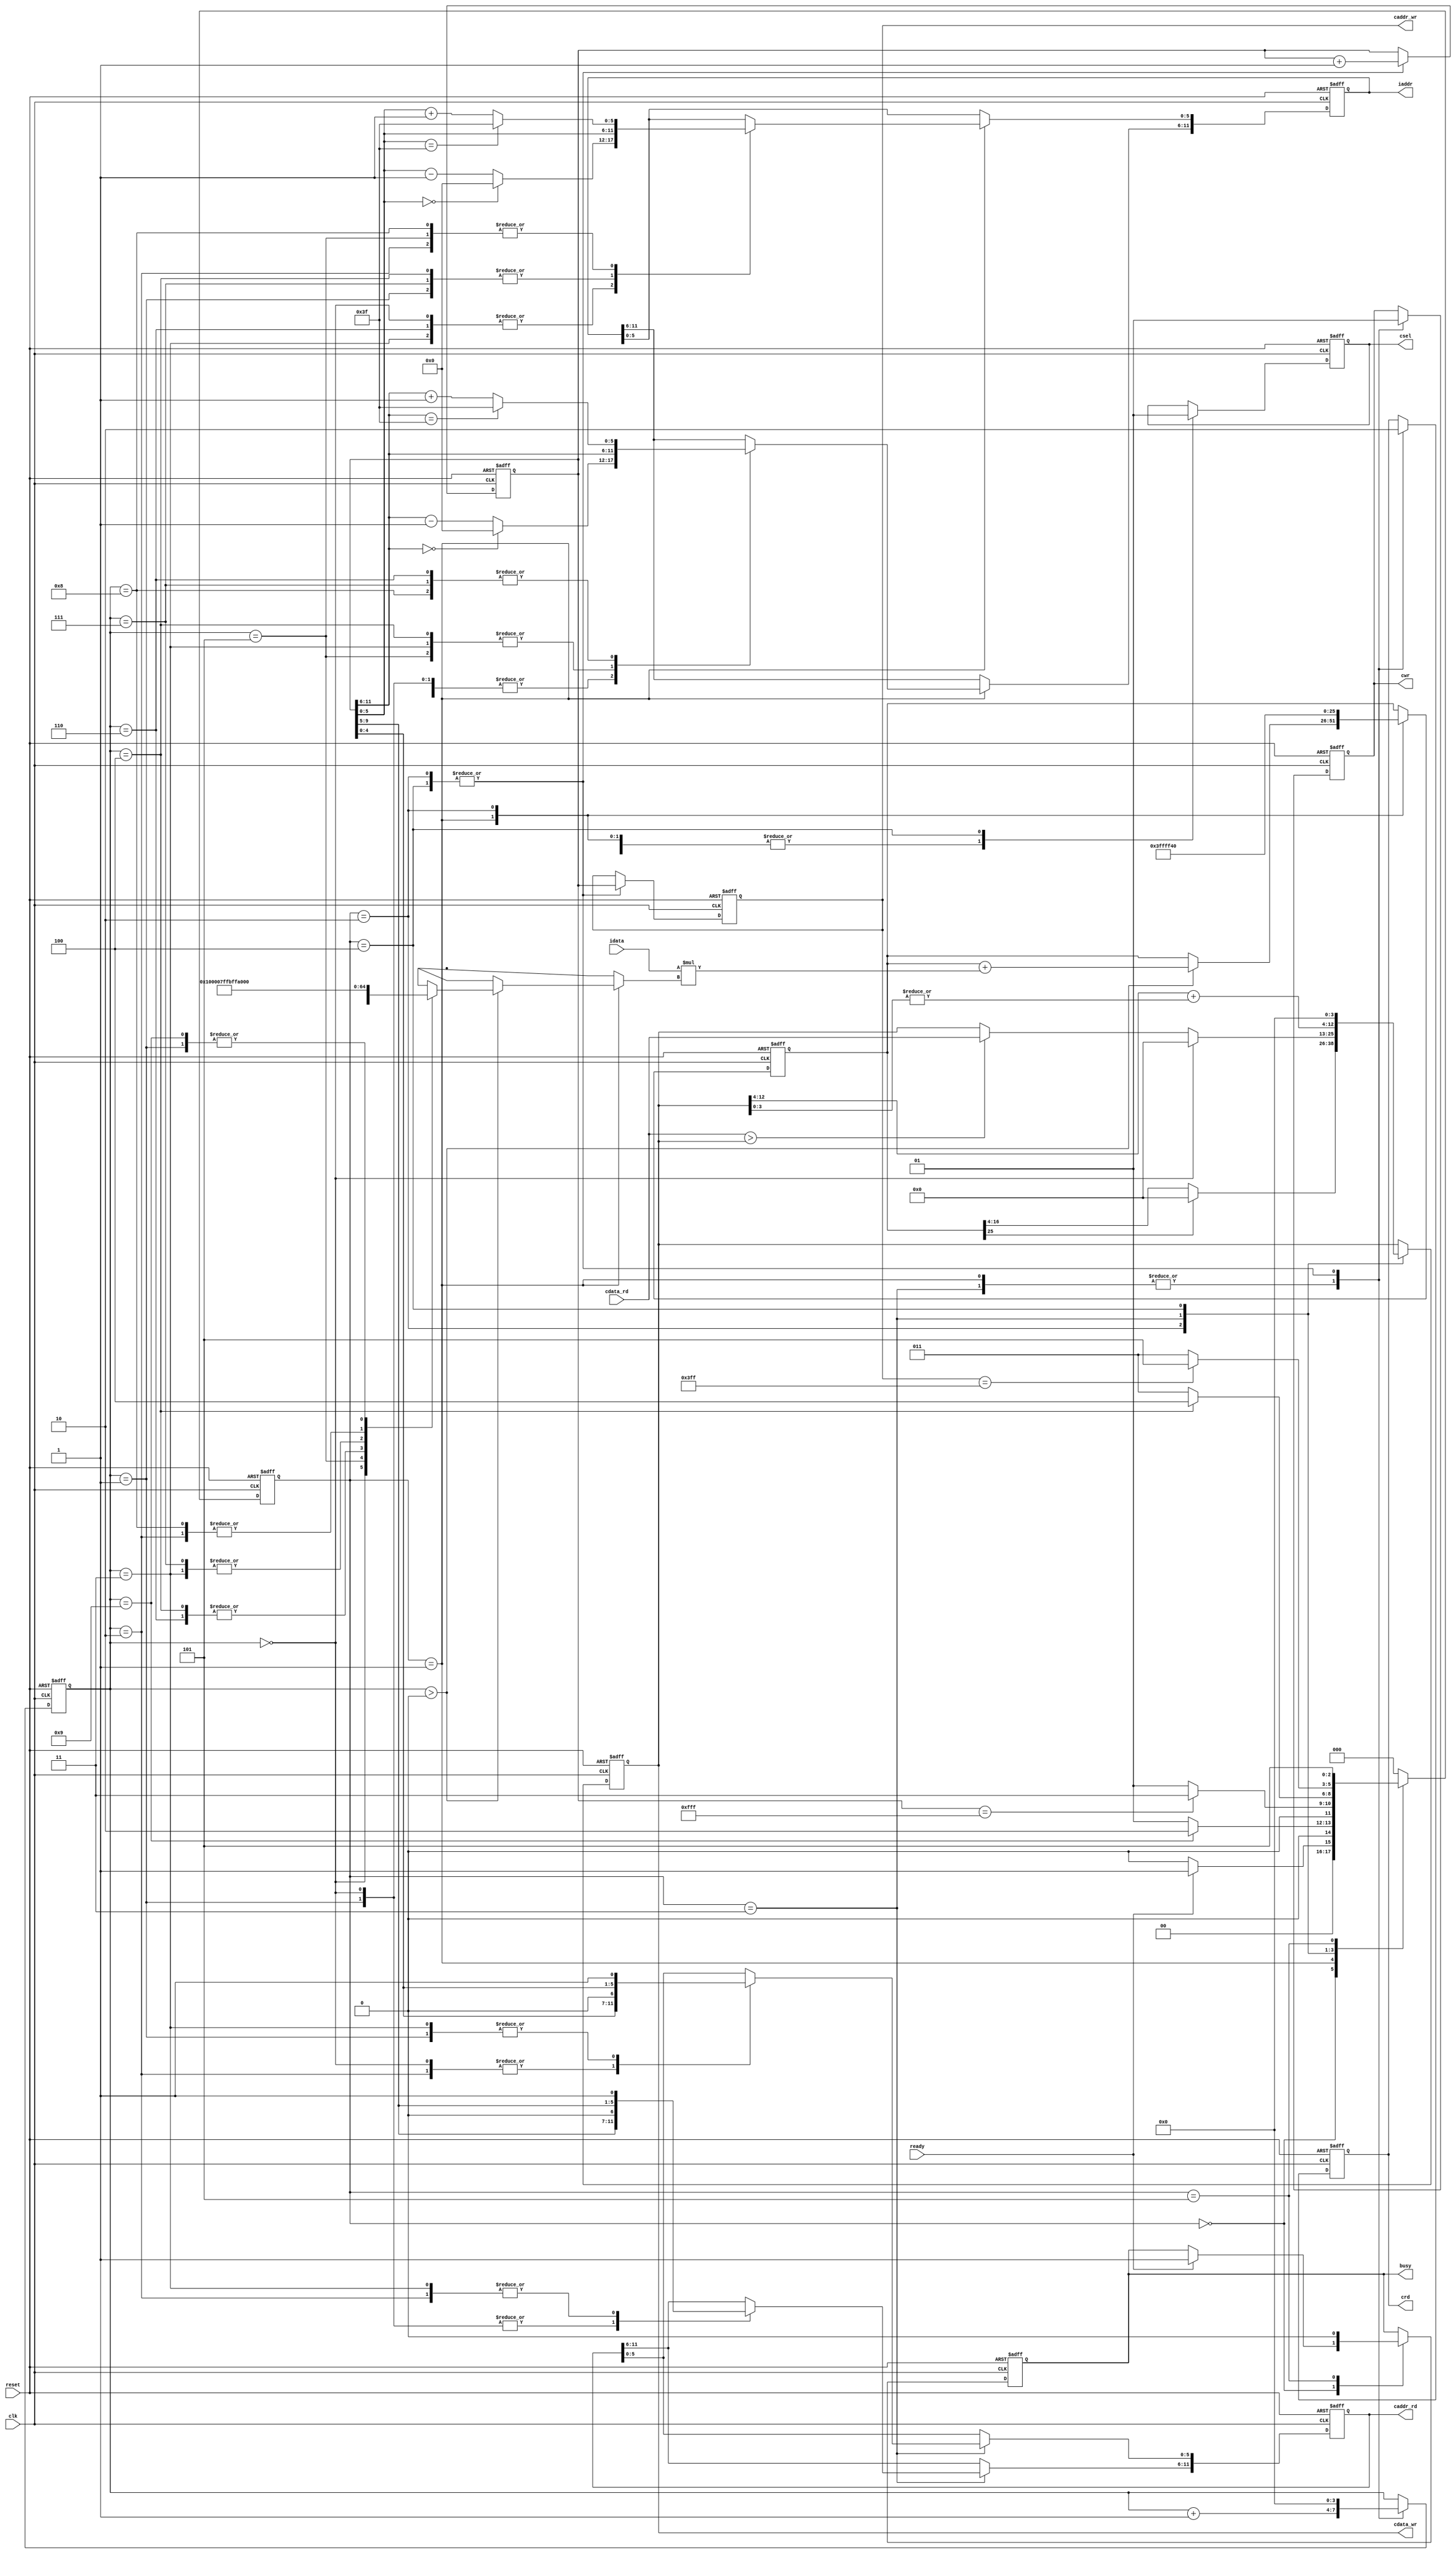
`timescale 1ns/10ps
module  CONV3x3(
	input		clk,
	input		reset,
	output	reg	busy,	
	input		ready,	
			
	output reg	[11:0]	iaddr,
	input signed [12:0]	idata,
	
	output	reg 	cwr,
	output  reg	[11:0]	caddr_wr,
	output reg 	[12:0] 	cdata_wr,
	output	reg 	crd,
	output reg	[11:0] 	caddr_rd,
	input 	[12:0] 	cdata_rd,
	output reg 	csel
	);

//state param
localparam INIT = 0;
localparam ATCONV_9PIXELS = 1;
localparam LAYER0_WRITERELU = 2;
localparam MAXPOOL_4PIXELS = 3;
localparam LAYER1_WRITECEILING = 4;
localparam FINISH = 5;

//kernel & bias
wire signed [12:0] kernel [1:9];
assign kernel[1] = 13'h1FFF; assign kernel[2] = 13'h1FFC; assign kernel[3] = 13'h1FFE;
assign kernel[4] = 13'h0000; assign kernel[5] = 13'h0010; assign kernel[6] = 13'h0000;
assign kernel[7] = 13'h1FFE; assign kernel[8] = 13'h1FFC; assign kernel[9] = 13'h1FFF;
wire signed [12:0] bias;
assign bias = 13'h1FF4;

//regs
reg [2:0] state, nextState;
reg [11:0] center; // Coordinate (row, column) = (center[11:6], center[5:0])
reg [3:0] counter; 
reg signed [25:0] convSum; // {mul_integer(18bits), mul_fraction(8bits)}

//constant param
localparam LENGTH = 6'd63;
localparam ZERO = 6'd0; 

//wire constants
wire [5:0] cx_add1,cx_minus1,cy_add1,cy_minus1;
assign cy_add1 = center[11:6] + 6'd1;
assign cy_minus1 = center[11:6] - 6'd1;
assign cx_add1 = center[5:0] + 6'd1 ;
assign cx_minus1 = center[5:0] - 6'd1;

//state ctrl
always @(posedge clk or posedge reset) begin
	if(reset) state <= INIT;
	else state <= nextState;
end

//next state logic
always @(*) begin
	case (state)
		INIT: nextState = (ready)? ATCONV_9PIXELS : INIT;
		ATCONV_9PIXELS: nextState = (counter == 4'd9)? LAYER0_WRITERELU : ATCONV_9PIXELS;
		LAYER0_WRITERELU: nextState = (center == 12'd4095)? MAXPOOL_4PIXELS : ATCONV_9PIXELS;
		MAXPOOL_4PIXELS: nextState = (counter == 4'd4)? LAYER1_WRITECEILING : MAXPOOL_4PIXELS;
		LAYER1_WRITECEILING: nextState = (caddr_wr == 12'd1023)? FINISH : MAXPOOL_4PIXELS; 
		FINISH: nextState = FINISH;
		default: nextState = INIT;
	endcase
end

//main sequential circuit
always @(posedge clk or posedge reset) begin
	if (reset) begin
		busy <= 1'd0;
		iaddr <= 12'd0;
		cwr <= 1'd0;
		caddr_wr <= 12'd0;
		cdata_wr <= 13'd0;
		crd <= 1'd1;
		caddr_rd <= 12'd0;
		csel <= 1'd0;

		center <= {6'd0 , 6'd0};
		counter <= 4'd0;
		convSum <= {{9{1'b1}}, bias, 4'd0}; // Sign extension
	end
	else begin
		case (state)
			INIT:begin
				if (ready) begin
					busy <= 1'd1;
				end
			end

			ATCONV_9PIXELS:begin
				csel <= 1'd0;
				crd <= 1'd1;
				cwr <= 1'd0;

				// use the pixel get and conv with corresponding kernel ( counter==0 means no pixel get yet )
				if(counter > 4'd0) begin
					convSum <= convSum + idata*kernel[counter];
				end
				counter <= counter + 4'd1;

				// request the next corresponding pixel for Atrous convolution
				case (counter) // -> for y axis	(row)
					0,1,2: iaddr[11:6] <= (center[11:6] == 6'd0) ? ZERO : cy_minus1;			    // (0,0) , (0,1) , (0,2)
					3,4,5: iaddr[11:6] <= center[11:6];									                                    // (1,0) , (1,1) , (1,2)
					6,7,8: iaddr[11:6] <= (center[11:6] == LENGTH)? LENGTH : cy_add1;	// (2,0) , (2,1) , (2,2)
				endcase

				case (counter) // -> for x axis	(column)									
					0,3,6: iaddr[5:0] <= (center[5:0] == 6'd0)? ZERO : cx_minus1;				// (0,0) , (1,0) , (2,0)
					1,4,7: iaddr[5:0] <= center[5:0];									                                    // (0,1) , (1,1) , (2,1)
					2,5,8: iaddr[5:0] <=  (center[5:0] == LENGTH)? LENGTH : cx_add1;		// (0,2) , (1,2) , (2,2)
				endcase
			end
			//do all convolution operation once in a element successfully , then count<=0
			LAYER0_WRITERELU: begin
				csel <= 1'd0;
				crd <= 1'd0;
				cwr <= 1'd1;
				caddr_wr <= center;
				cdata_wr <= (convSum[25])? 13'd0 : convSum[16:4]; // ReLU
				// init the convSum and center --> kernel move to the next center and ready for atrous convolution
				convSum <= {{9{1'b1}}, bias, 4'd0}; //-sign expression
				center <= center + 12'd1;
				counter <= 4'd0;
			end

			MAXPOOL_4PIXELS: begin
				csel <= 1'd0;
				crd <= 1'd1;
				cwr <= 1'd0;

				// counter==0 means this cycle would send request for 1st pixel value, else comparison starts
				if (counter==0) begin
					cdata_wr <= 13'd0;
				end
				else if (cdata_rd > cdata_wr) begin 
					cdata_wr <= cdata_rd;
				end
				counter <= counter + 4'd1;

				// request the corresponding address' pixel value 
				case(counter) // -> for y axis	(row)
					0,1: caddr_rd[11:6] <= {center[9:5], 1'd0};
					2,3: caddr_rd[11:6] <= {center[9:5], 1'd1};
				endcase

				case(counter) // -> for x axis	(column)
					0,2: caddr_rd[5:0] <= {center[4:0], 1'd0};
					1,3: caddr_rd[5:0] <= {center[4:0], 1'd1};
				endcase
			end

			LAYER1_WRITECEILING: begin
				csel <= 1'd1;
				crd <= 1'd0;
				cwr <= 1'd1;
				caddr_wr <= center;
				cdata_wr <= { cdata_wr[12:4] + {8'd0,|cdata_wr[3:0]} , 4'd0 }; // Round up
				// init for next center -> kernel move to the next center
				center <= center + 12'd1; 
				counter <= 4'd0;
			end

			FINISH: begin
				busy <= 1'd0;
			end

		endcase
	end
end

endmodule